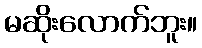
မဆိုးလောက်ဘူး။